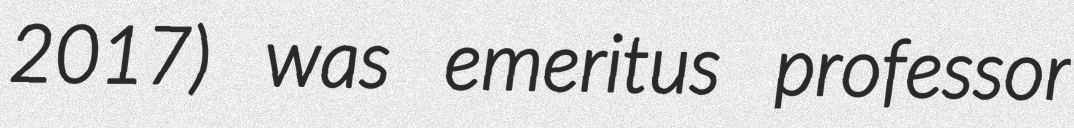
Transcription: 2017) was emeritus professor